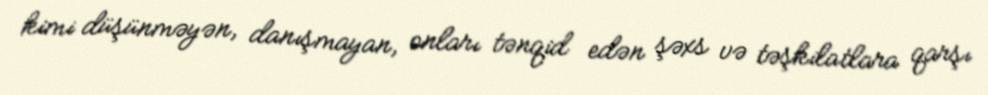
kimi düşünməyən, danışmayan, onları tənqid edən şəxs və təşkilatlara qarşı